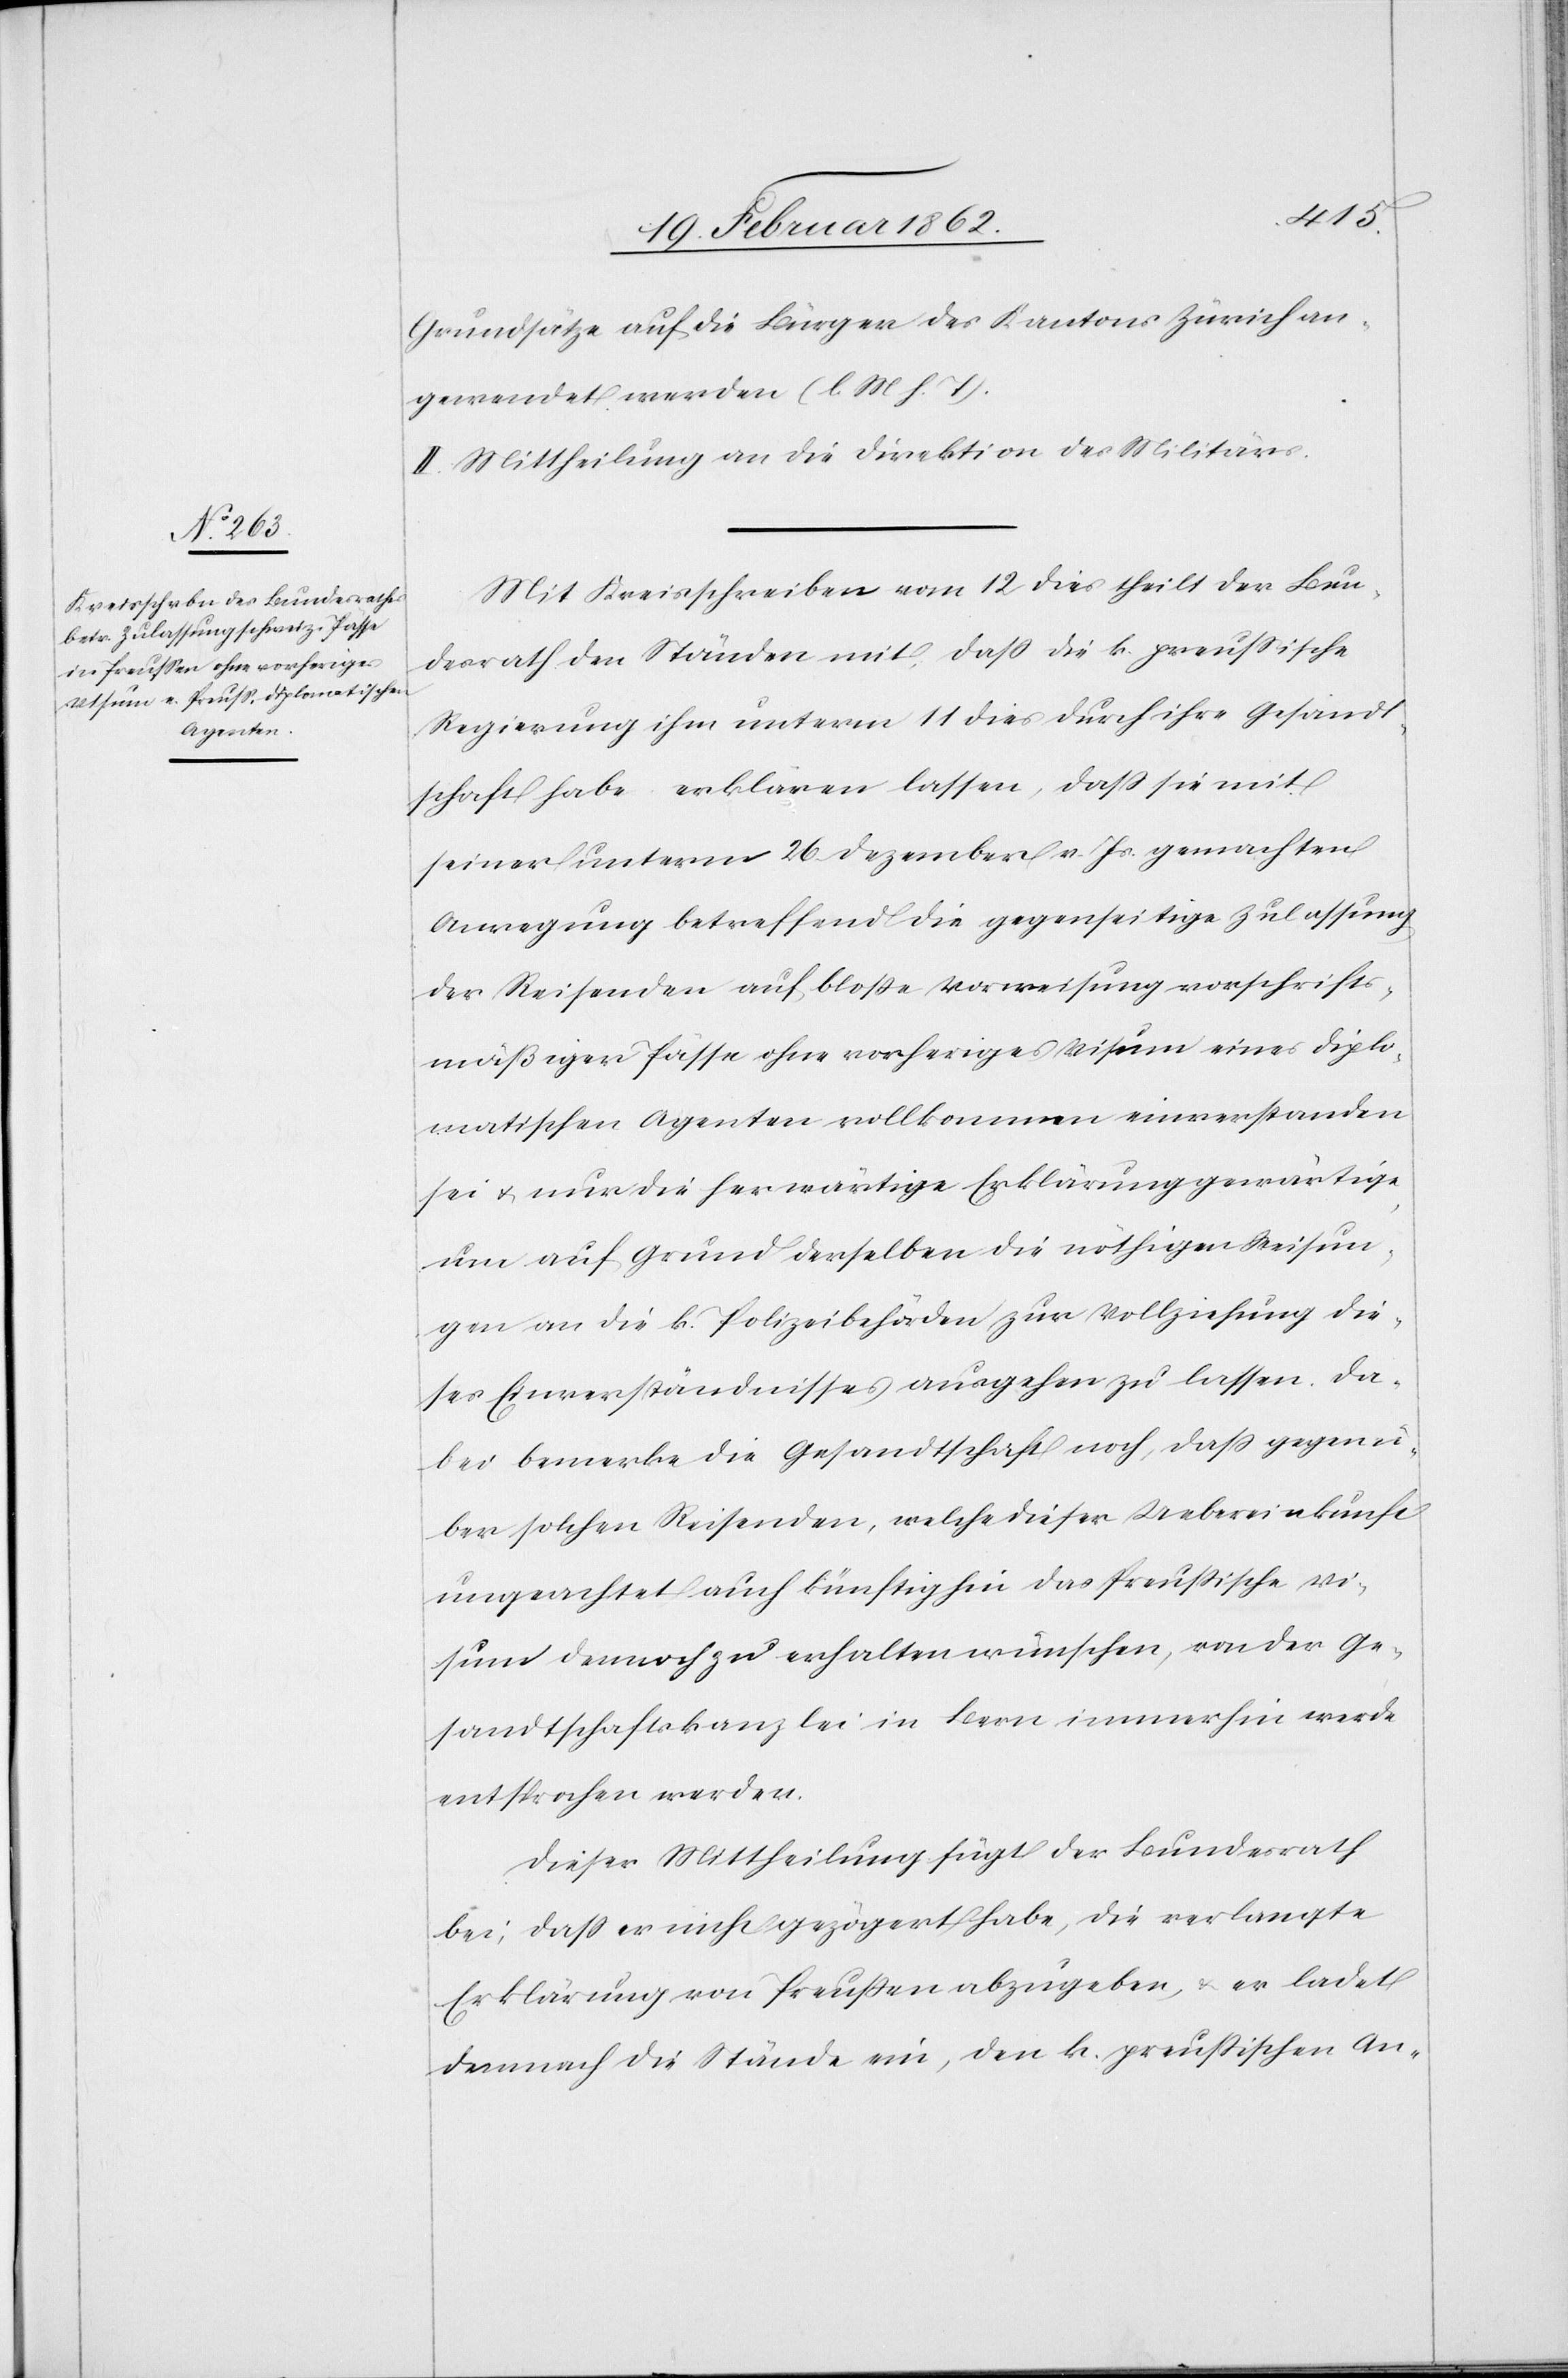
Grundsätze auf die Bürger des Kantons Zürich an¬
gewendet werden (l. M. h. T.).
II. Mittheilung an die Direktion des Militärs.
Mit Kreisschreiben vom 12 dies theilt der Bun¬
desrath den Ständen mit, daß die k. preußische
Regierung ihm unterm 11 dies durch ihre Gesandt¬
schaft habe erklären lassen, daß sie mit
seiner unterm 26. Dezember v. Js. gemachten
Anregung betreffend die gegenseitige Zulassung
der Reisenden auf bloße Vorweisung vorschrifts¬
mäßiger Pässe ohne vorheriges Visum eines diplo¬
matischen Agenten vollkommen einverstanden
sei u. nur die herwärtige Erklärung gewärtige,
um auf Grund derselben die nöthigen Weisun¬
gen an die k. Polizeibehörden zur Vollziehung die¬
ses Einverständnisses ausgehen zu lassen. Da¬
bei bemerke die Gesandtschaft noch, daß gegenü¬
ber solchen Reisenden, welche dieser Uebereinkunft
ungeachtet auch künftighin das Preußische Vi¬
sum dennoch zu erhalten wünschen, von der Ge¬
sandtschaftskanzlei in Bern immerhin werde
entsprochen werden.
Dieser Mittheilung fügt der Bundesrath
bei, daß er nicht gezögert habe, die verlangte
Erklärung von Preußen abzugeben, & er ladet
demnach die Stände ein, den k. preußischen An-